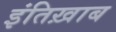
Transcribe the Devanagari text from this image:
इंतिख़ाब